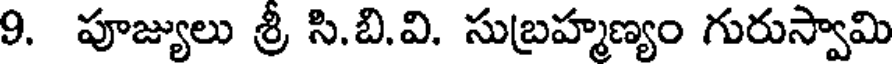
9. పూజ్యులు శ్రీ సి.బి.వి. సుబ్రహ్మణ్యం గురుస్వామి